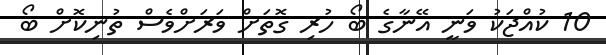
10 ކުއްޖަކު ވަނީ އޭނާގެ ބޯ ހުރި ގޮތަަށް ވަރަށްވެސް ތުނިކޮށް ބޯ